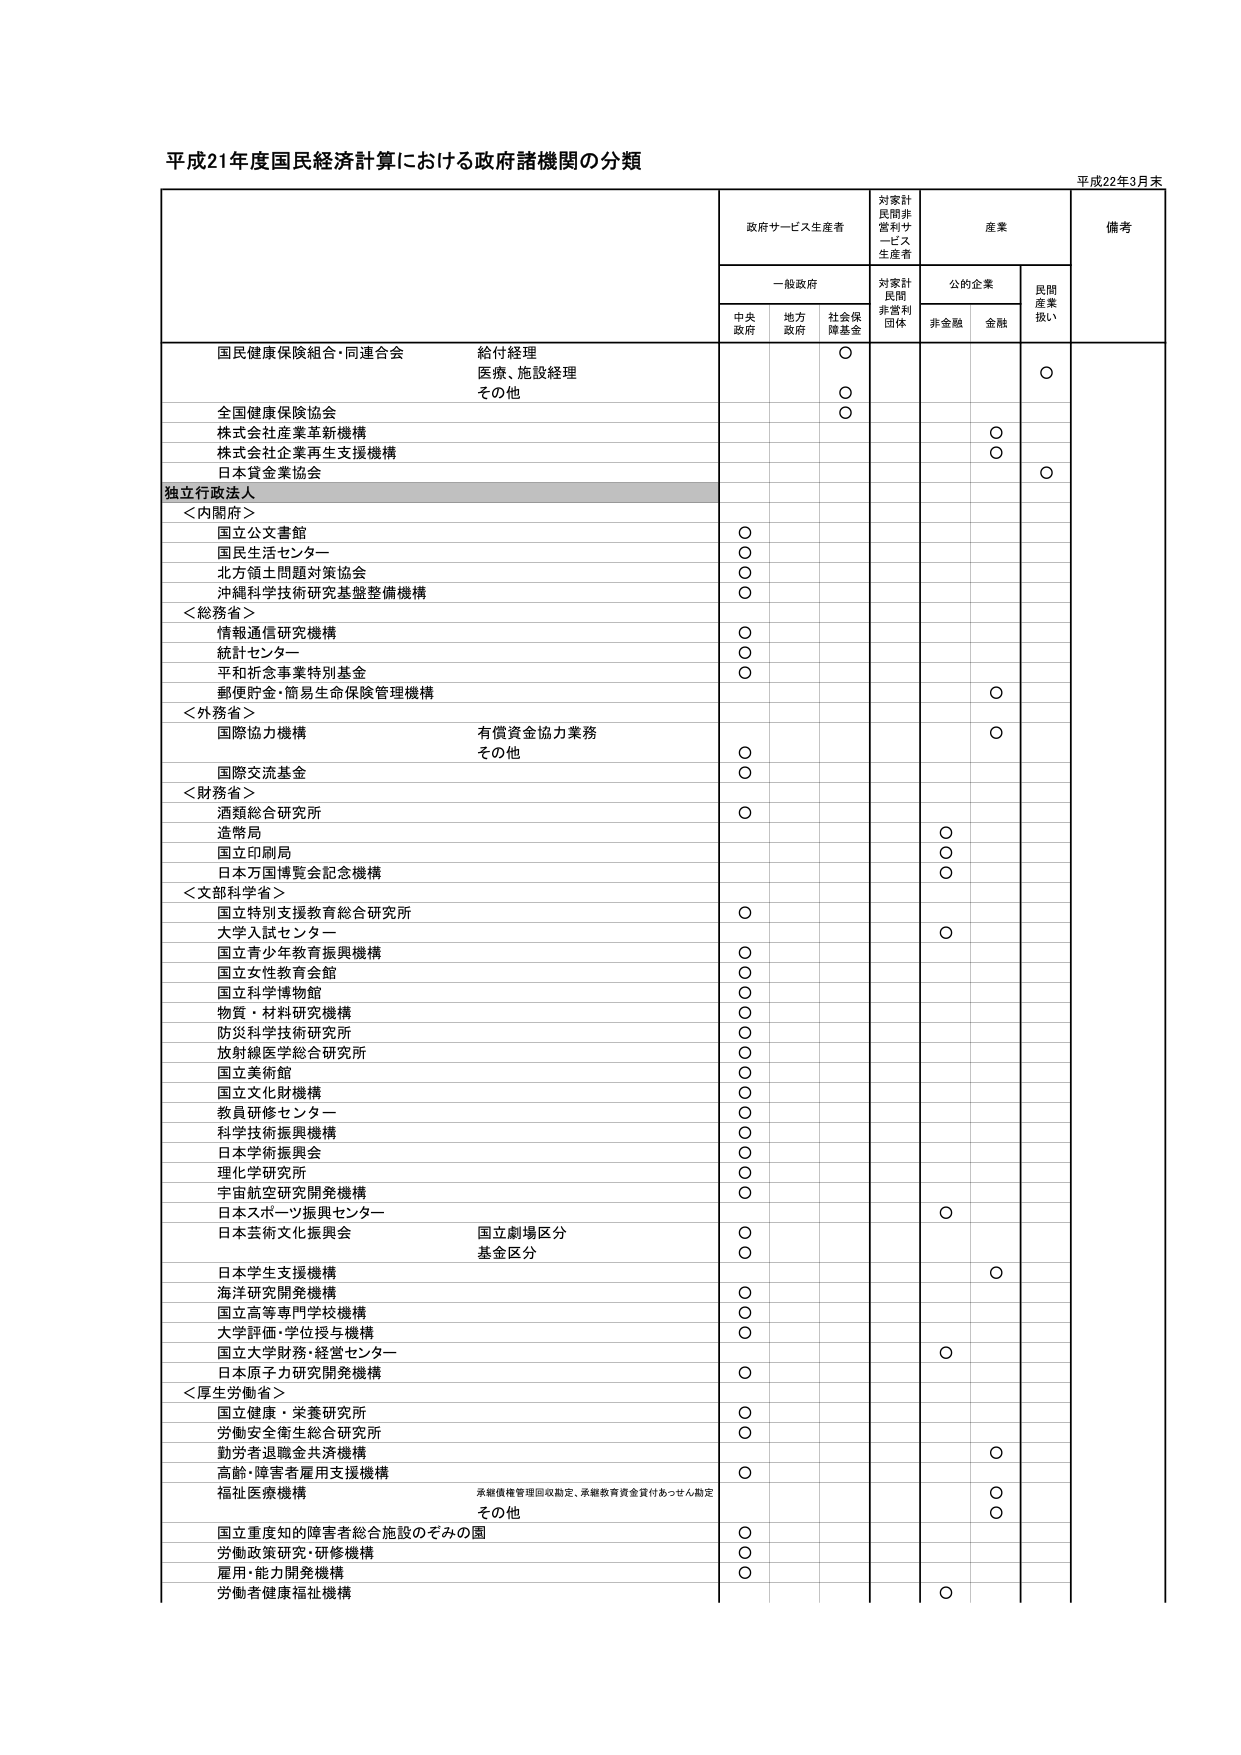
平成21年度国民経済計算における政府諸機関の分類

平成22年3月末

政府サービス生産者
対家計民間非営利サービス生産者
産業
備考

一般政府
対家計民間非営利団体
公的企業
民間産業扱い

中央政府
地方政府
社会保険基金
非金融
金融

国民健康保険組合・同連合会
給付経理
医療、施設経理
その他
○
○
○
○

全国健康保険協会
○

株式会社産業革新機構
○

株式会社企業再生支援機構
○

日本貸金業協会
○

独立行政法人

＜内閣府＞
国立公文書館
○
国民生活センター
○
北方領土問題対策協会
○
沖縄科学技術研究基盤整備機構
○

＜総務省＞
情報通信研究機構
○
統計センター
○
平和祈念事業特別基金
○
郵便貯金・簡易生命保険管理機構
○

＜外務省＞
国際協力機構
有償資金協力業務
その他
○
○

国際交流基金
○

＜財務省＞
酒類総合研究所
○
造幣局
○
国立印刷局
○
日本万国博覧会記念機構
○

＜文部科学省＞
国立特別支援教育総合研究所
○
大学入試センター
○
国立青少年教育振興機構
○
国立女性教育会館
○
国立科学博物館
○
物質・材料研究機構
○
防災科学技術研究所
○
放射線医学総合研究所
○
国立美術館
○
国立文化財機構
○
教員研修センター
○
科学技術振興機構
○
日本学術振興会
○
理化学研究所
○
宇宙航空研究開発機構
○
日本スポーツ振興センター
○
日本芸術文化振興会
国立劇場区分
基金区分
○
○

日本学生支援機構
○
海洋研究開発機構
○
国立高等専門学校機構
○
大学評価・学位授与機構
○
国立大学財務・経営センター
○
日本原子力研究開発機構
○

＜厚生労働省＞
国立健康・栄養研究所
○
労働安全衛生総合研究所
○
勤労者退職金共済機構
○
高齢・障害者雇用支援機構
○
福祉医療機構
承継債権管理回収勘定、承継教育資金貸付あっせん勘定
その他
○
○

国立重度知的障害者総合施設のぞみの園
○
労働政策研究・研修機構
○
雇用・能力開発機構
○
労働者健康福祉機構
○